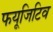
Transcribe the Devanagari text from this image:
फयूजिटिव